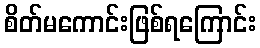
စိတ်မကောင်းဖြစ်ရကြောင်း